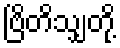
ဗြိတိသျှတို့